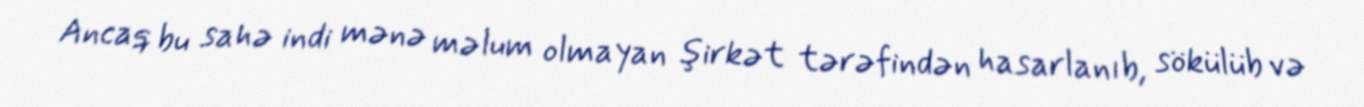
Ancaq bu sahə indi mənə məlum olmayan şirkət tərəfindən hasarlanıb, sökülüb və